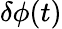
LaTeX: \delta\phi(t)